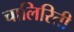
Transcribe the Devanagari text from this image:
चालिरिती